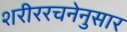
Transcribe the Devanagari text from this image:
शरीररचनेनुसार